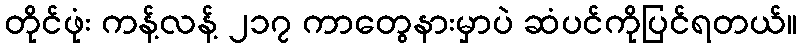
တိုင်ဖုံး ကန့်လန့် ၂၁၇ ကာတွေနားမှာပဲ ဆံပင်ကိုပြင်ရတယ်။